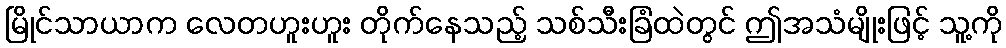
မြိုင်သာယာက လေတဟူးဟူး တိုက်နေသည့် သစ်သီးခြံထဲတွင် ဤအသံမျိုးဖြင့် သူ့ကို